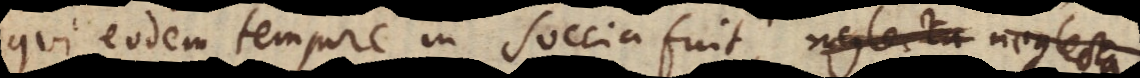
qui eodem tempore in Suecia fuit, neglecta s